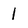
Character: 1